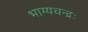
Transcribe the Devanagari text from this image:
भाग्यचन्द्रः